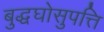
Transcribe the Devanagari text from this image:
बुद्धघोसुपत्ति